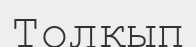
Толқып